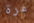
مرة